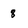
Character: 8